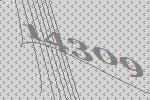
14309